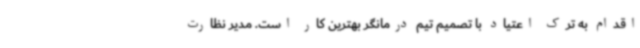
اقدام به ترک اعتیاد با تصمیم تیم درمانگر بهترین کار است. مدیر نظارت